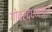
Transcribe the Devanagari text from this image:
गोवर्द्धनगाम